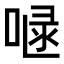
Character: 𠷍